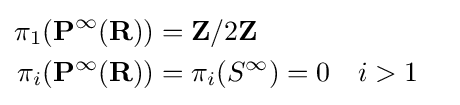
{\begin{aligned}\pi _{1}(\mathbf {P} ^{\infty }(\mathbf {R} ))&=\mathbf {Z} /2\mathbf {Z} \\\pi _{i}(\mathbf {P} ^{\infty }(\mathbf {R} ))&=\pi _{i}(S^{\infty })=0&&i>1\end{aligned}}